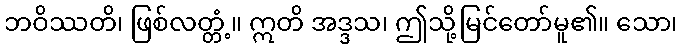
ဘဝိဿတိ၊ ဖြစ်လတ္တံ့။ ဣတိ အဒ္ဒသ၊ ဤသို့မြင်တော်မူ၏။ သော၊